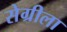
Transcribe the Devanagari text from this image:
सेग्रीला